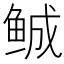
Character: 𲍒